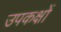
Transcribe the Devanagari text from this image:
उपकक्षों